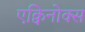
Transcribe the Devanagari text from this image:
एक्विनोक्स